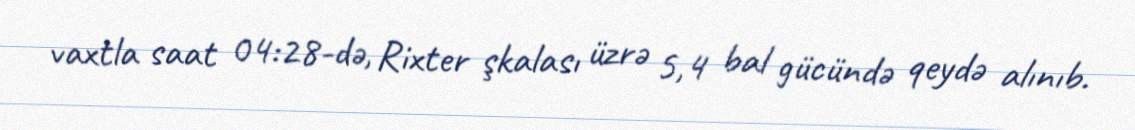
vaxtla saat 04:28-də, Rixter şkalası üzrə 5,4 bal gücündə qeydə alınıb.